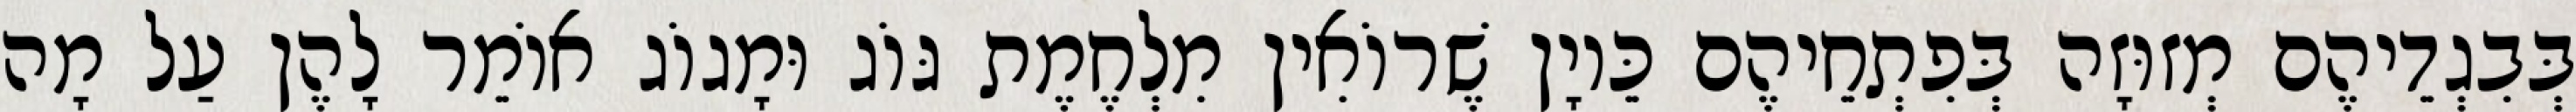
בְּבִגְדֵיהֶם מְזוּזָה בְּפִתְחֵיהֶם כֵּיוָן שֶׁרוֹאִין מִלְחֶמֶת גּוֹג וּמָגוֹג אוֹמֵר לָהֶן עַל מָה